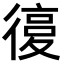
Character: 𢕒